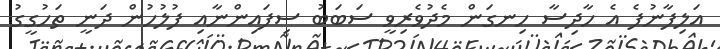
އަލިފާނުފެ އެ ހާދިސާ ހިނގަން މެދުވެރިވީ ސަބަބު ސިފައިންނާއި ފުލުހުން ދަނީ ތަހުގީގު